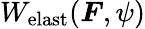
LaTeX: W_{\mathrm{elast}}(\boldsymbol{F},\psi)